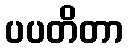
ပပတိတာ